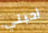
أحبني